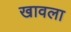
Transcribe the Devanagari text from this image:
खावला